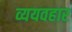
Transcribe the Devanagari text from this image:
व्ययवहार